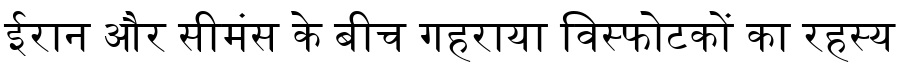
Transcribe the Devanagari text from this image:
ईरान और सीमंस के बीच गहराया विस्फोटकों का रहस्य